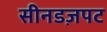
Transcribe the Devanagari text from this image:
सीनडज़पट